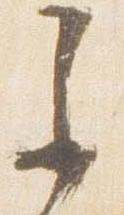
参